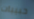
حبيبات